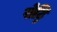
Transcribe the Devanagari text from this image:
सेट्ठि